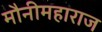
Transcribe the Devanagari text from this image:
मौनीमहाराज